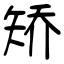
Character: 矫